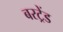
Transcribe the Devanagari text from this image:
बरट्रेंड